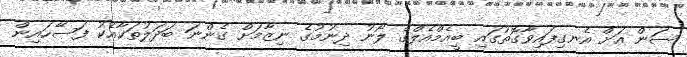
ސަން އަށް އެނގިފައިވާގޮތުގައި ބީއެމްއެލްގެ ލޯނު ދިނުމުގެ ނިޒާމަށް ގެންނަ ބަދަލުތަކާއެކު ފަސޭހައިން